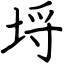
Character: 埒